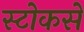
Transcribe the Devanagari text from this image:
स्टोकसे